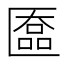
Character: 匲